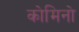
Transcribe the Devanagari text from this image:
कोमिनो